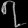
Digit: ၇